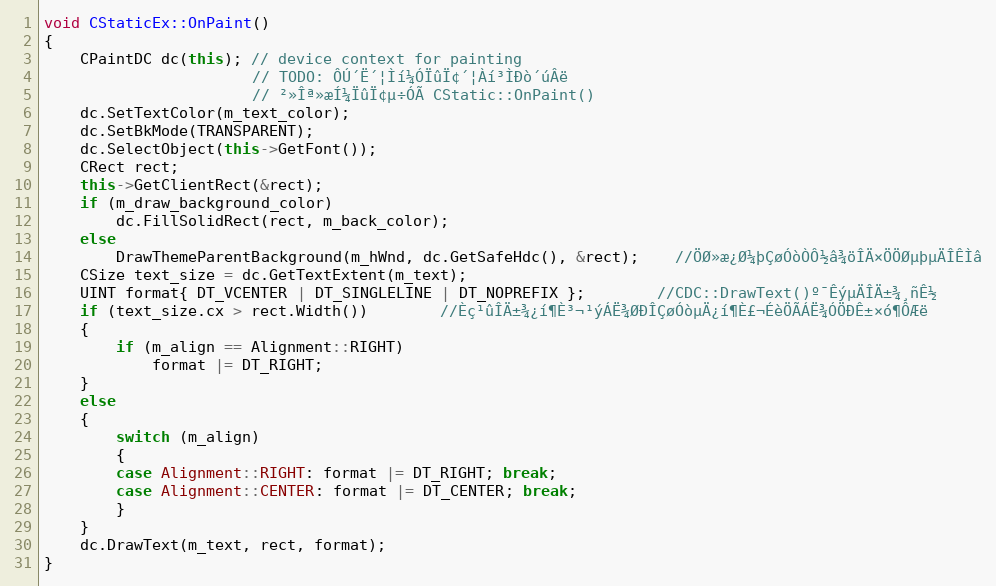
Language: C++
void CStaticEx::OnPaint()
{
	CPaintDC dc(this); // device context for painting
					   // TODO: ÔÚ´Ë´¦Ìí¼ÓÏûÏ¢´¦Àí³ÌÐò´úÂë
					   // ²»Îª»æÍ¼ÏûÏ¢µ÷ÓÃ CStatic::OnPaint()
	dc.SetTextColor(m_text_color);
	dc.SetBkMode(TRANSPARENT);
	dc.SelectObject(this->GetFont());
	CRect rect;
	this->GetClientRect(&rect);
	if (m_draw_background_color)
		dc.FillSolidRect(rect, m_back_color);
	else
		DrawThemeParentBackground(m_hWnd, dc.GetSafeHdc(), &rect);	//ÖØ»æ¿Ø¼þÇøÓòÒÔ½â¾öÎÄ×ÖÖØµþµÄÎÊÌâ
	CSize text_size = dc.GetTextExtent(m_text);
	UINT format{ DT_VCENTER | DT_SINGLELINE | DT_NOPREFIX };		//CDC::DrawText()º¯ÊýµÄÎÄ±¾¸ñÊ½
	if (text_size.cx > rect.Width())		//Èç¹ûÎÄ±¾¿í¶È³¬¹ýÁË¾ØÐÎÇøÓòµÄ¿í¶È£¬ÉèÖÃÁË¾ÓÖÐÊ±×ó¶ÔÆë
	{
		if (m_align == Alignment::RIGHT)
			format |= DT_RIGHT;
	}
	else
	{
		switch (m_align)
		{
		case Alignment::RIGHT: format |= DT_RIGHT; break;
		case Alignment::CENTER: format |= DT_CENTER; break;
		}
	}
	dc.DrawText(m_text, rect, format);
}